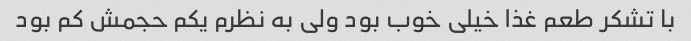
با تشکر طعم غذا خیلی خوب بود ولی به نظرم یکم حجمش کم بود